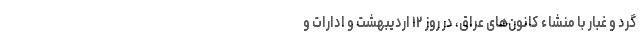
گرد و غبار با منشاء کانون‌های عراق، در روز ۱۲ اردیبهشت و ادارات و